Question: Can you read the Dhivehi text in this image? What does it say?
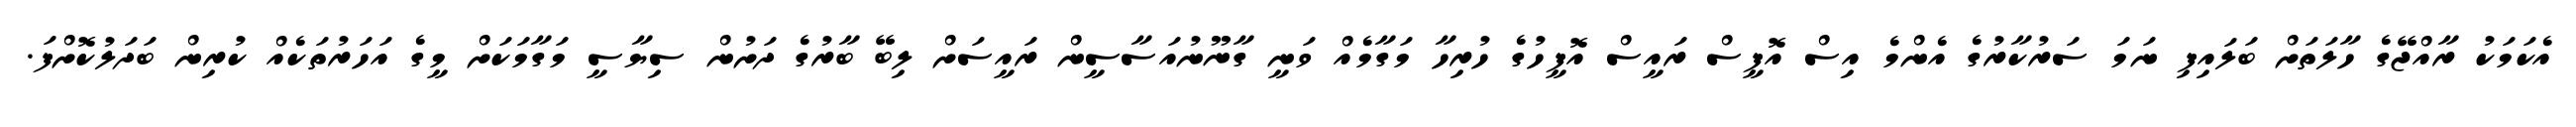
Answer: އެކަމަކު ރާއްޖޭގެ ހާލަތަށް ބަލައިފި ނަމަ ސަރުކާރުގެ އެންމެ އިސް އޮފީސް ރައީސް އޮފީހުގެ ހުރިހާ މަގާމެއް ވަނީ ގާނޫނުއަސާސީން ރައީސަށް ލިބޭ ބާރުގެ ދަށުން ސިޔާސީ މަގާމަކަށް މީގެ އަހަރުތަކެއް ކުރިން ބަދަލުކޮށްފަ.